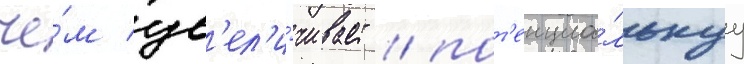
че́м ув'ел'и́чивает / пот'енциа́льнуу